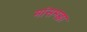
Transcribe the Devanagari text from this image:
मांसमज्जा